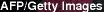
APP/Getty Images